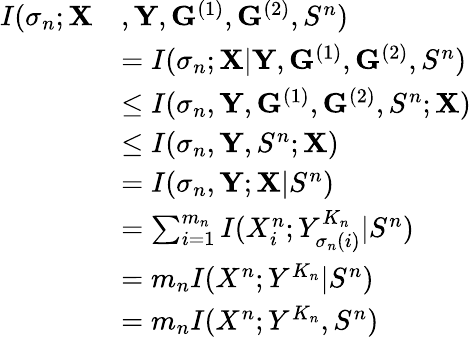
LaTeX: \begin{array}{rl}{I(\sigma_{n};\mathbf{X}}&{,\mathbf{Y},\mathbf{G}^{(1)},\mathbf{G}^{(2)},S^{n})}\\ &{=I(\sigma_{n};\mathbf{X}|\mathbf{Y},\mathbf{G}^{(1)},\mathbf{G}^{(2)},S^{n})}\\ &{\le I(\sigma_{n},\mathbf{Y},\mathbf{G}^{(1)},\mathbf{G}^{(2)},S^{n};\mathbf{X})}\\ &{\le I(\sigma_{n},\mathbf{Y},S^{n};\mathbf{X})}\\ &{=I(\sigma_{n},\mathbf{Y};\mathbf{X}|S^{n})}\\ &{=\sum_{i=1}^{m_{n}}I(X_{i}^{n};Y_{\sigma_{n}(i)}^{K_{n}}|S^{n})}\\ &{=m_{n}I(X^{n};Y^{K_{n}}|S^{n})}\\ &{=m_{n}I(X^{n};Y^{K_{n}},S^{n})}\end{array}